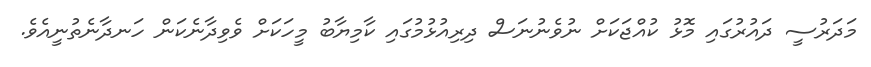
މަދަރުސީ ދައުރުގައި މޮޅު ކުއްޖަކަށް ނުވެނުނަސް ދިރިއުޅުމުގައި ކާމިޔާބު މީހަކަށް ވެވިދާނެކަން ހަނދާނެތުނީއެވެ.